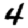
Digit: 4